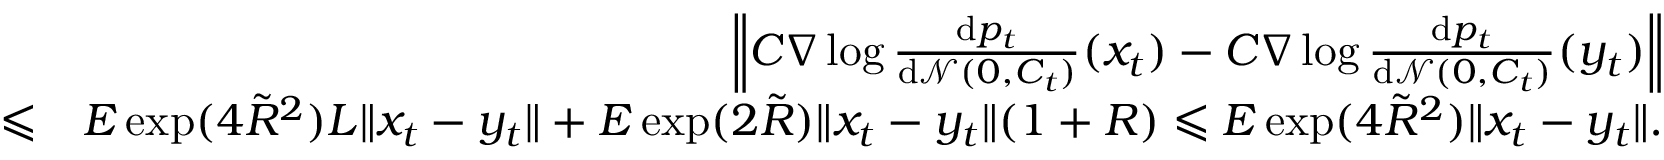
\begin{array} { r l r } & { } & { \left\| C \nabla \log \frac { \mathrm { d } p _ { t } } { \mathrm { d } \mathcal { N } ( 0 , C _ { t } ) } ( x _ { t } ) - C \nabla \log \frac { \mathrm { d } p _ { t } } { \mathrm { d } \mathcal { N } ( 0 , C _ { t } ) } ( y _ { t } ) \right\| } \\ & { \leqslant } & { E \exp ( 4 \tilde { R } ^ { 2 } ) L \| x _ { t } - y _ { t } \| + E \exp ( 2 \tilde { R } ) \| x _ { t } - y _ { t } \| ( 1 + R ) \leqslant E \exp ( 4 \tilde { R } ^ { 2 } ) \| x _ { t } - y _ { t } \| . } \end{array}